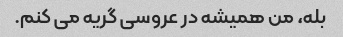
بله، من همیشه در عروسی گریه می کنم.